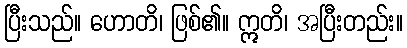
ပြီးသည်။ ဟောတိ၊ ဖြစ်၏။ ဣတိ၊ အပြီးတည်း။